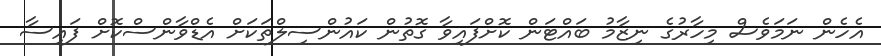
އެހެން ނަމަވެސް މިހާރުގެ ނިޒާމު ބައްޓަން ކޮށްފައިވާ ގޮތުން ކައުންސިލްތަކަށް އެޑްވާންސްކޮށް ފައިސާ